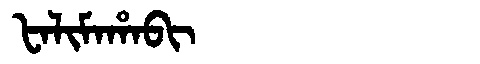
Manchu: ᡶᠠᠯᡳᠮᠠᡥᠠᠪᡳ
Romanization: FALIMAHABI